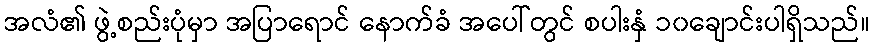
အလံ၏ ဖွဲ့စည်းပုံမှာ အပြာရောင် နောက်ခံ အပေါ်တွင် စပါးနှံ ၁၀ချောင်းပါရှိသည်။